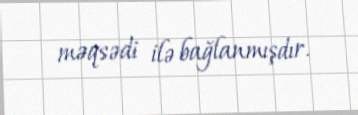
məqsədi ilə bağlanmışdır.